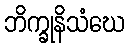
ဘိက္ခုနိသံဃေ